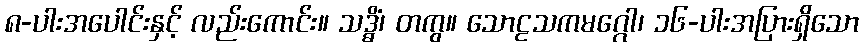
၈-ပါးအပေါင်းနှင့် လည်းကောင်း။ သဒ္ဓိံ၊ တကွ။ သောဠသကမဂ္ဂေါ၊ ၁၆-ပါးအပြားရှိသော